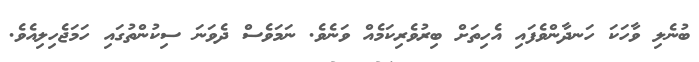
ބުނެލި ވާހަކަ ހަނދާންވެފައި އެހިތަށް ބިރުވެރިކަމެއް ވަނެވެ. ނަމަވެސް ދެވަނަ ސިކުންތުގައި ހަމަޖެހިލިއެވެ.